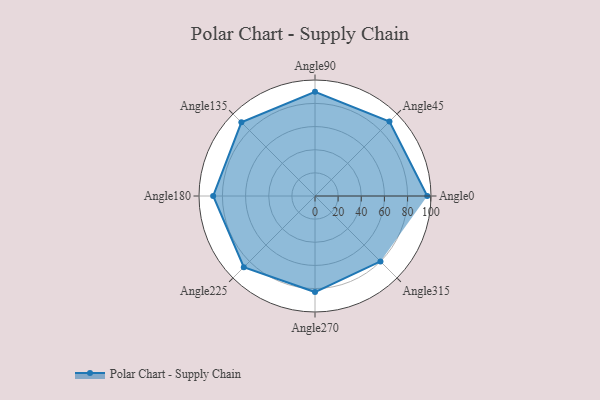
{"axis": {"x": "Angle", "y": "Radius"}, "legend": [""], "data": [{"x": "Angle0", "y": 97.0, "type": ""}, {"x": "Angle45", "y": 91.0, "type": ""}, {"x": "Angle90", "y": 90.0, "type": ""}, {"x": "Angle135", "y": 90.0, "type": ""}, {"x": "Angle180", "y": 88.0, "type": ""}, {"x": "Angle225", "y": 87.0, "type": ""}, {"x": "Angle270", "y": 83.0, "type": ""}, {"x": "Angle315", "y": 80.0, "type": ""}]}